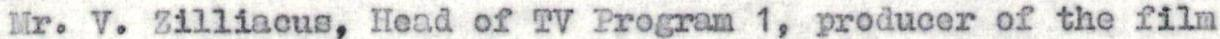
Mr. V. Zilliacus, Head of TV Program 1, producer of the film